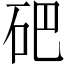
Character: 𥑁